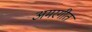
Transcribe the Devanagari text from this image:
अमरगीत